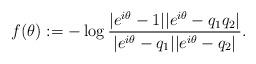
LaTeX: \begin{align*} f(\theta) := - \log \frac{ |e^{i\theta} - 1| | e^{i \theta} - q_1 q_2|}{|e^{i \theta} - q_1|| e^{i \theta} - q_2|}. \end{align*}